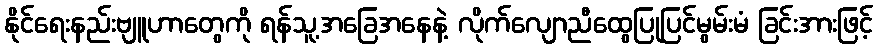
နိုင်ရေးနည်းဗျူဟာတွေကို ရန်သူ့အခြေအနေနဲ့ လိုက်လျောညီထွေပြုပြင်မွမ်းမံ ခြင်းအားဖြင့်